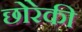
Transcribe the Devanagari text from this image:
छोरेकी